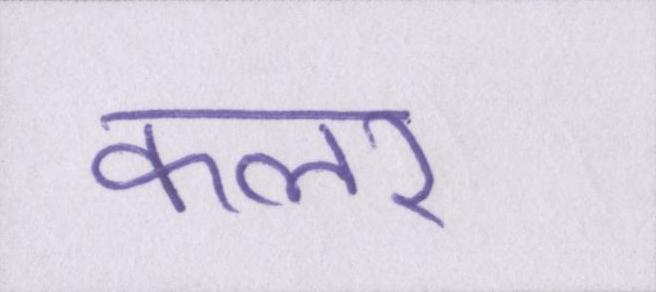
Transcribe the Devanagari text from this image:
कलर